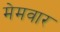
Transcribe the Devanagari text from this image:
मेमवार